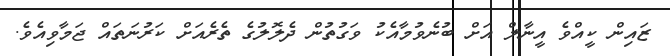
ޒައިން ކީއްވެ އީނާލް އަށް ބުނެވުމާއެކު ވަގުތުން ދެލޮލުގެ ތެރެއަށް ކަރުނަތައް ޖަމާވިއެވެ.